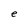
Character: e